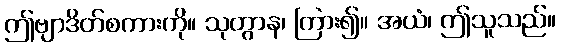
ဤဗျာဒိတ်စကားကို။ သုတွာန၊ ကြား၍။ အယံ၊ ဤသူသည်။